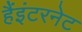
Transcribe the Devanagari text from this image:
हैंइंटरनेट